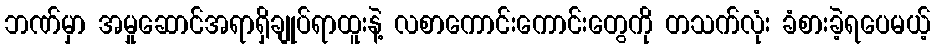
ဘဏ်မှာ အမှုဆောင်အရာရှိချုပ်ရာထူးနဲ့ လစာကောင်းကောင်းတွေကို တသက်လုံး ခံစားခဲ့ရပေမယ့်